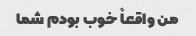
من واقعاً خوب بودم شما